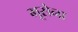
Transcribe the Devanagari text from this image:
भूसेना